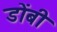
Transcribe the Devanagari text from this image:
डोंबी